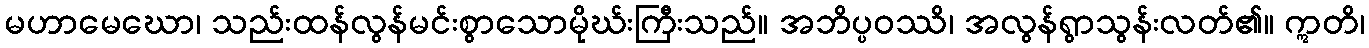
မဟာမေဃော၊ သည်းထန်လွန်မင်းစွာသောမိုဃ်းကြီးသည်။ အဘိပ္ပဝဿိ၊ အလွန်ရွာသွန်းလတ်၏။ ဣတိ၊